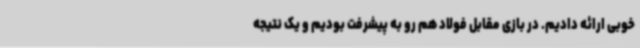
خوبی ارائه دادیم. در بازی مقابل فولاد هم رو به پیشرفت بودیم و یک نتیجه